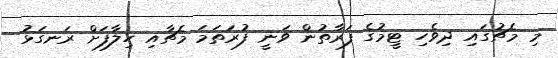
މި މެޗުގައި ދިވެހި ޓީމުގެ ފަރާތުން ވަނީ ފުރަތަމަ މެޗާއި ހިލާފަށް ރަނގަޅު